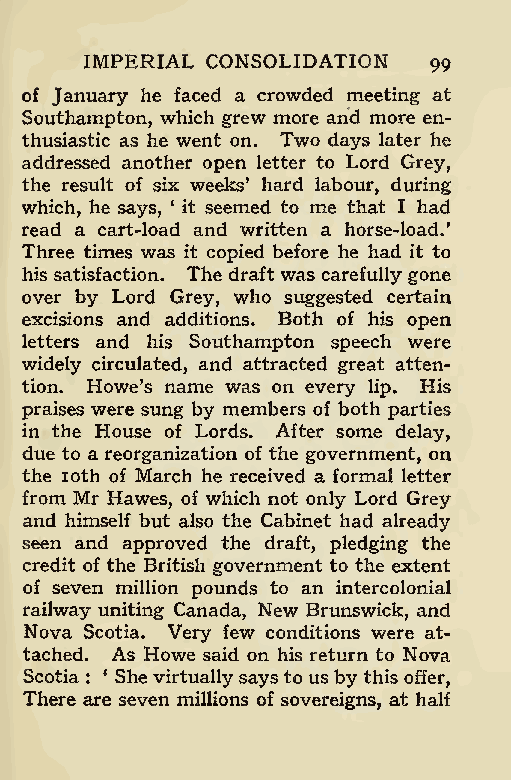
IMPERIAL CONSOLIDATION
 99
 of January he faced a crowded meeting at
 Southampton, which grew more and more en-
 thusiastic as he went on. Two days later he
 addressed another open letter to Lord Grey,
 the result of six weeks’ hard labour, during
 which, he says, ‘ it seemed to me that I had
 read a cart-load and written a horse-load.’
 Three times was it copied before he had it to
 his satisfaction. The draft was carefully gone
 over by Lord Grey, who suggested certain
 excisions and additions. Both of his open
 letters and his Southampton speech were
 widely circulated, and attracted great atten-
 tion. Howe’s name was on every lip. His
 praises were sung by members of both parties
 in the House of Lords. After some delay,
 due to a reorganization of the government, on
 the 10th of March he received a formal letter
 from Mr Hawes, of which not only Lord Grey
 and himself but also the Cabinet had already
 seen and approved the draft, pledging the
 credit of the British government to the extent
 of seven million pounds to an intercolonial
 railway uniting Canada, New Brunswick, and
 Nova Scotia. Very few conditions were at-
 tached. As Howe said on his return to Nova
 Scotia : ‘ She virtuallysays to us by this offer,
 There are seven millions of sovereigns, at half